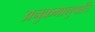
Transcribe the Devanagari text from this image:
अनुक्रमानुपाति